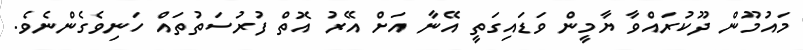
މައުމޫން ދޫކުރައްވާ ޔާމީން ވަޑައިގަތީ އޭނާ އަށް އޭރު އޮތް ފުރުސަތުތައް ހަނިވެގެންނެވެ.